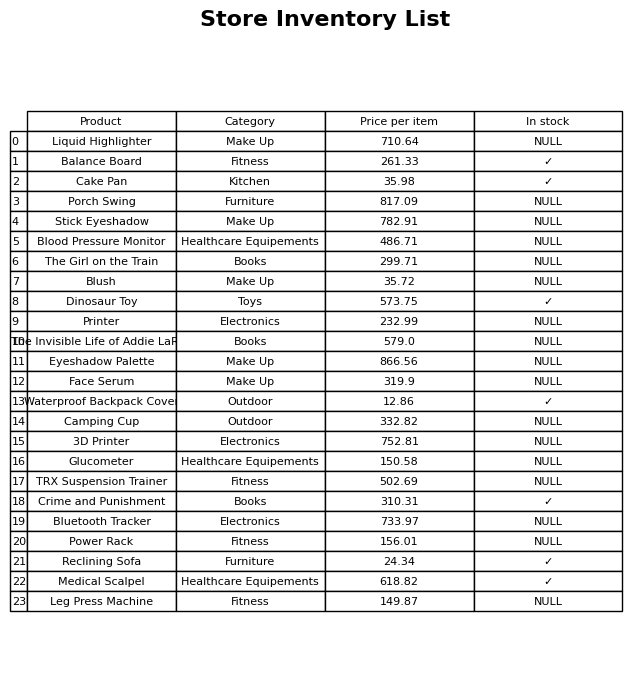
question: What is the price of the Stick Eyeshadow?
answer: The price of Stick Eyeshadow is 782.91.